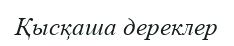
Қысқаша дереклер